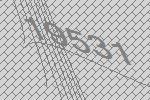
19531